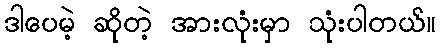
ဒါပေမဲ့ ဆိုတဲ့ အားလုံးမှာ သုံးပါတယ်။